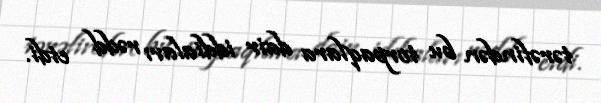
tərəfindən bu torpaqlara dair iddiaları rədd etdi.